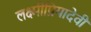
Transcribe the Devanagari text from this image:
लक्ष्मीप्रियादेवी